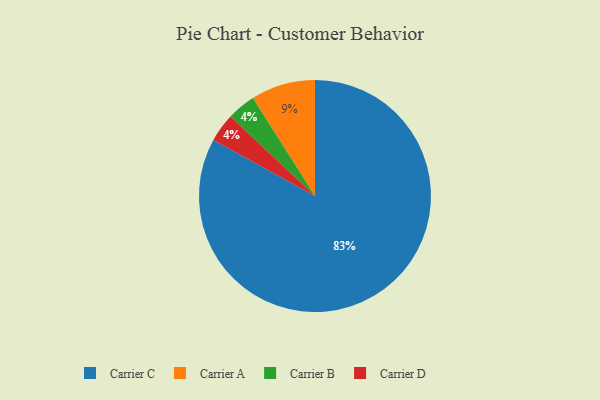
{"axis": {"x": "Category", "y": "Percentage"}, "legend": ["Carrier A", "Carrier B", "Carrier C", "Carrier D"], "data": [{"x": "Carrier A", "y": 9, "type": "Carrier A"}, {"x": "Carrier C", "y": 83, "type": "Carrier C"}, {"x": "Carrier B", "y": 4, "type": "Carrier B"}, {"x": "Carrier D", "y": 4, "type": "Carrier D"}]}